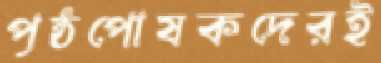
পৃষ্ঠপোষকদেরই